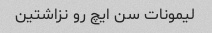
لیمونات سن ایچ رو نزاشتین